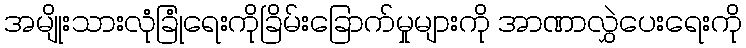
အမျိုးသားလုံခြုံရေးကိုခြိမ်းခြောက်မှုများကို အာဏာလွှဲပေးရေးကို